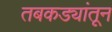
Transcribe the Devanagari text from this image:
तबकड्यांतून